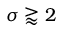
\sigma \gtrapprox 2